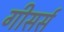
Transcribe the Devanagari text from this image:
गीसर्स